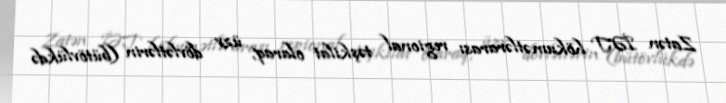
Zatən İƏT hökumətlərarası regional təşkilat olaraq, üzv dövlətlərin (bütövlükdə